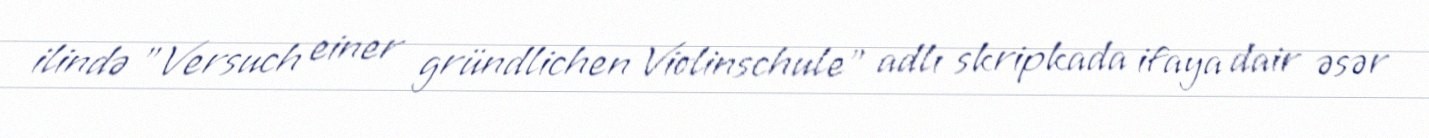
ilində "Versuch einer gründlichen Violinschule" adlı skripkada ifaya dair əsər